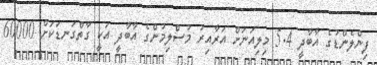
ފިންލެންޑުގެ އާބާދީ 5.4 މިލިއަނަށް އަރާއިރު މުސްލިމުންގެ އާބާދީ އަކީ ގާތްގަނޑަކަށް 60000